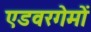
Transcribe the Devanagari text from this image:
एडवरगेमों